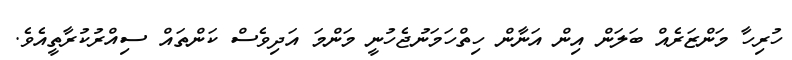
ހުރިހާ މަންޒަރެއް ބަލަން އިން އަނާން ހިތްހަމަނުޖެހުނީ މަންމަ އަދިވެސް ކަންތައް ސިއްރުކުރާތީއެވެ.